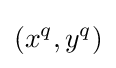
(x^{q},y^{q})